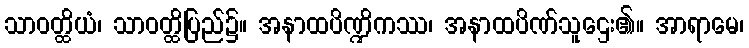
သာဝတ္ထိယံ၊ သာဝတ္ထိပြည်၌။ အနာထပိဏ္ဍိကဿ၊ အနာထပိဏ်သူဌေး၏။ အာရာမေ၊